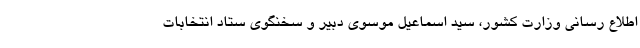
اطلاع رسانی وزارت کشور، سید اسماعیل موسوی دبیر و سخنگوی ستاد انتخابات